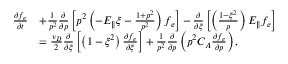
\begin{array} { r l } { \frac { \partial f _ { e } } { \partial t } } & { + \frac { 1 } { p ^ { 2 } } \frac { \partial } { \partial p } \left[ p ^ { 2 } \left( - E _ { \Vert } \xi - \frac { 1 + p ^ { 2 } } { p ^ { 2 } } \right) f _ { e } \right] - \frac { \partial } { \partial \xi } \left[ \left( \frac { 1 - \xi ^ { 2 } } { p } \right) E _ { \Vert } f _ { e } \right] } \\ & { = \frac { \nu _ { D } } { 2 } \frac { \partial } { \partial \xi } \left[ \left( 1 - \xi ^ { 2 } \right) \frac { \partial f _ { e } } { \partial \xi } \right] + \frac { 1 } { p ^ { 2 } } \frac { \partial } { \partial p } \left( p ^ { 2 } C _ { A } \frac { \partial f _ { e } } { \partial p } \right) , } \end{array}